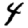
Digit: 4